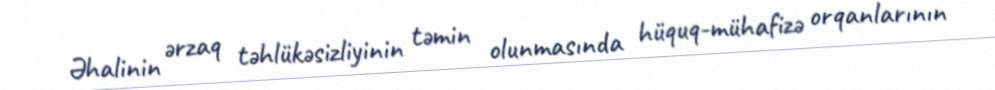
Əhalinin ərzaq təhlükəsizliyinin təmin olunmasında hüquq-mühafizə orqanlarının